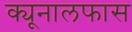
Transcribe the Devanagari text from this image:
क्यूनालफास